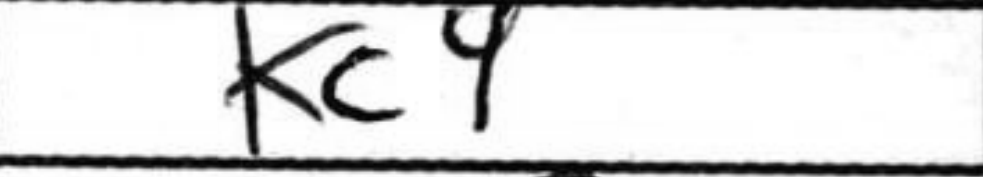
Transcription: Kc4